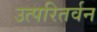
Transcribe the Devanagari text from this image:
उत्परितर्वन